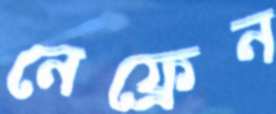
নেফ্রেন